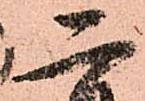
二